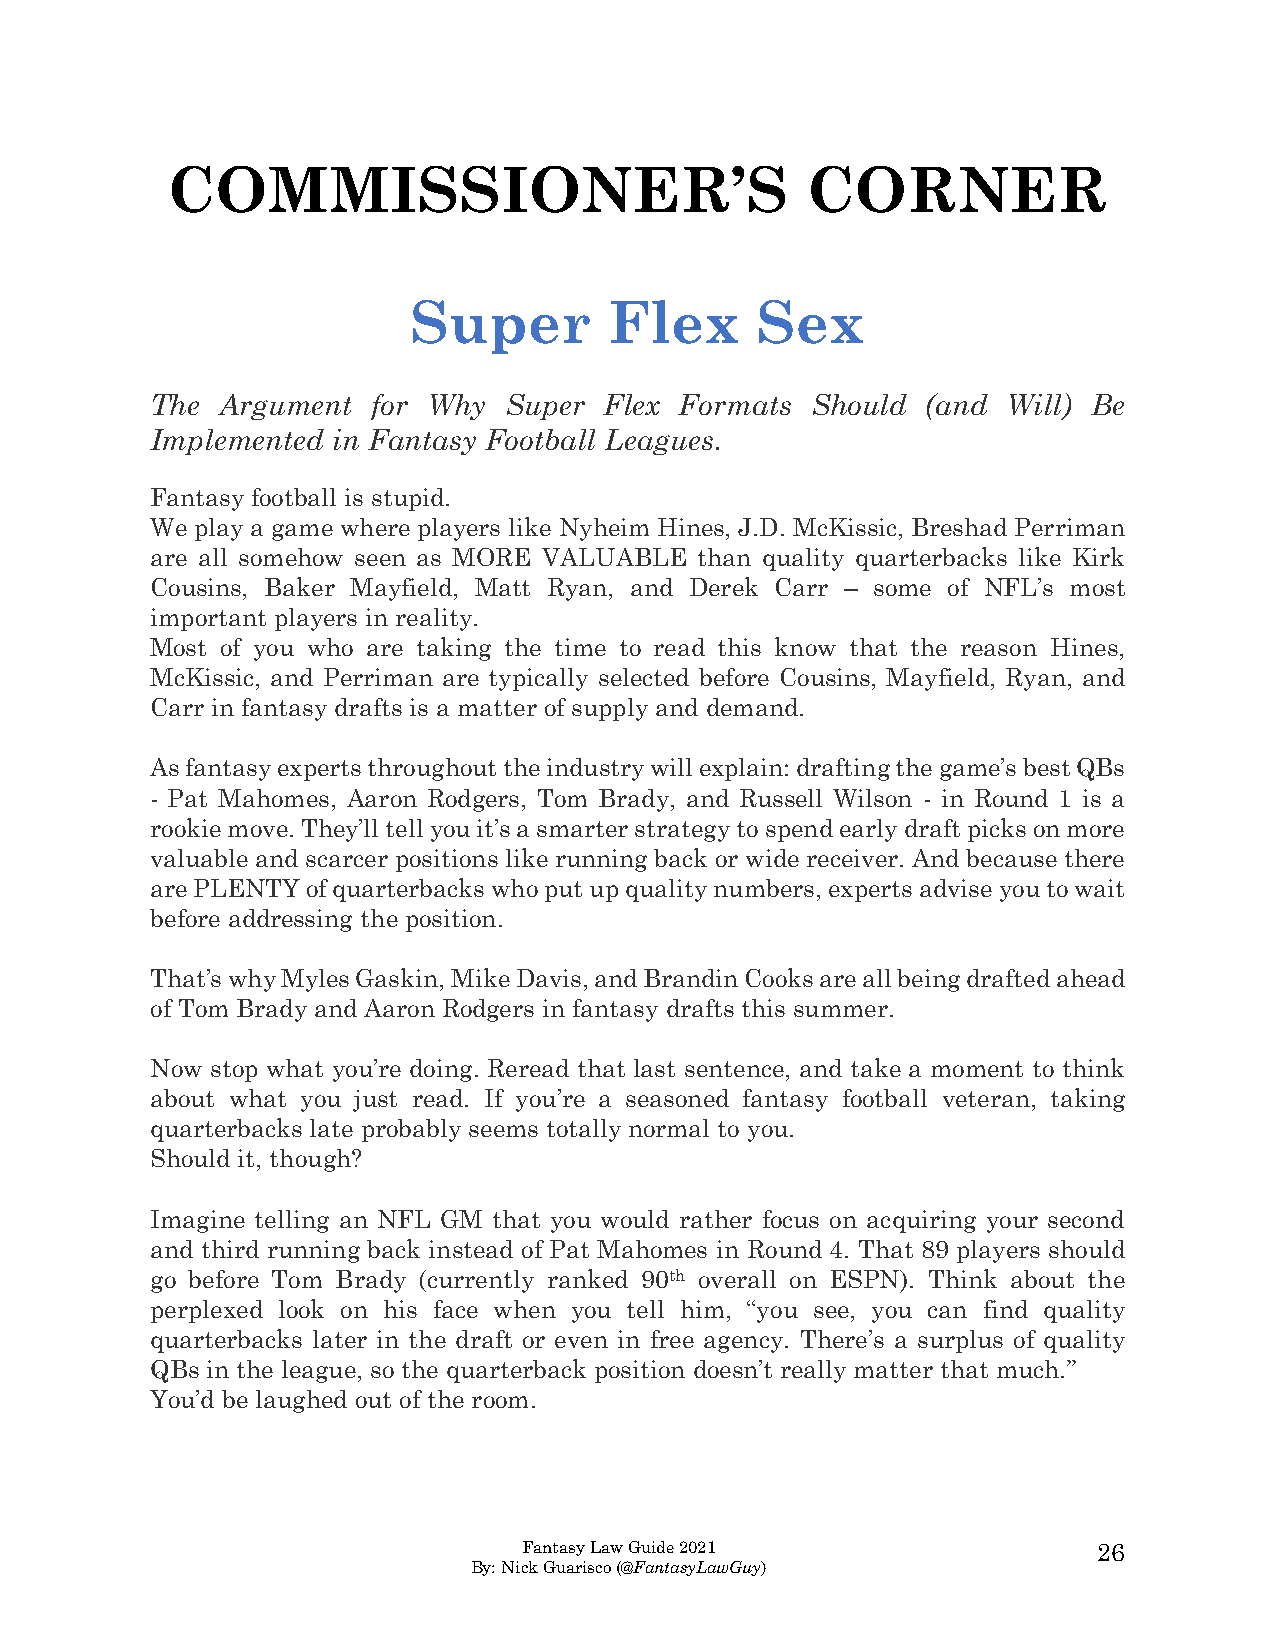
COMMISSIONER’S                            CORNER
 Super        Flex      Sex
 The  Argument  for Why Super  Flex Formats  Should (and  Will) Be
 Implemented in Fantasy Football Leagues.
 Fantasy football is stupid.
 We play a game where players like Nyheim Hines, J.D. McKissic, Breshad Perriman
 are all somehow seen as MORE VALUABLE than quality quarterbacks like Kirk
 Cousins, Baker Mayfield, Matt Ryan, and Derek Carr – some of NFL’s most
 important players in reality.
 Most of you who are taking the time to read this know that the reason Hines,
 McKissic, and Perriman are typically selected before Cousins, Mayfield, Ryan, and
 Carr in fantasy drafts is a matter of supply and demand.
 As fantasy experts throughout the industry will explain: drafting the game’s best QBs
 - Pat Mahomes, Aaron Rodgers, Tom Brady, and Russell Wilson - in Round 1 is a
 rookie move. They’ll tell you it’s a smarter strategy to spend early draft picks on more
 valuable and scarcer positions like running back or wide receiver. And because there
 are PLENTY of quarterbacks who put up quality numbers, experts advise you to wait
 before addressing the position.
 That’s why Myles Gaskin, Mike Davis, and Brandin Cooks are all being drafted ahead
 of Tom Brady and Aaron Rodgers in fantasy drafts this summer.
 Now stop what you’re doing. Reread that last sentence, and take a moment to think
 about what you just read. If you’re a seasoned fantasy football veteran, taking
 quarterbacks late probably seems totally normal to you.
 Should it, though?
 Imagine telling an NFL GM that you would rather focus on acquiring your second
 and third running back instead of Pat Mahomes in Round 4. That 89 players should
 go before Tom Brady (currently ranked 90th overall on ESPN). Think about the
 perplexed look on his face when you tell him, “you see, you can find quality
 quarterbacks later in the draft or even in free agency. There’s a surplus of quality
 QBs in the league, so the quarterback position doesn’t really matter that much.”
 You’d be laughed out of the room.
 Fantasy Law Guide 2021                26
 By: Nick Guarisco (@FantasyLawGuy)